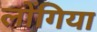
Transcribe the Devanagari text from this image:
लोंगिया